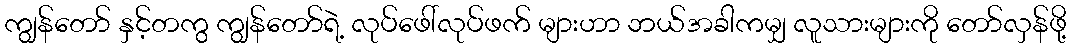
ကျွန်တော် နှင့်တကွ ကျွန်တော်ရဲ့ လုပ်ဖေါ်လုပ်ဖက် များဟာ ဘယ်အခါကမျှ လူသားများကို တော်လှန်ဖို့